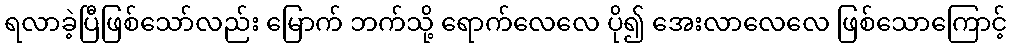
ရလာခဲ့ပြီဖြစ်သော်လည်း မြောက် ဘက်သို့ ရောက်လေလေ ပို၍ အေးလာလေလေ ဖြစ်သောကြောင့်